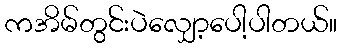
ကအိမ်တွင်းပဲလျှော့ပေါ့ပါတယ်။